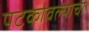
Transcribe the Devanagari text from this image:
पटकावल्याचा